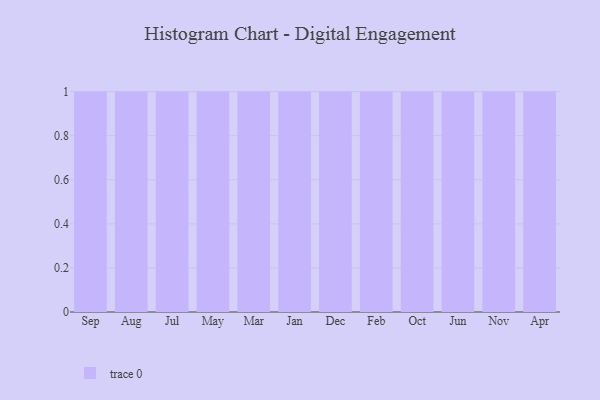
{"axis": {"x": "Month", "y": "Churn Rate (%)"}, "legend": [""], "data": [{"x": "Sep", "y": 17, "type": ""}, {"x": "Aug", "y": 37, "type": ""}, {"x": "Jul", "y": 16, "type": ""}, {"x": "May", "y": 95, "type": ""}, {"x": "Mar", "y": 64, "type": ""}, {"x": "Jan", "y": 34, "type": ""}, {"x": "Dec", "y": 26, "type": ""}, {"x": "Feb", "y": 79, "type": ""}, {"x": "Oct", "y": 36, "type": ""}, {"x": "Jun", "y": 75, "type": ""}, {"x": "Nov", "y": 14, "type": ""}, {"x": "Apr", "y": 4, "type": ""}]}